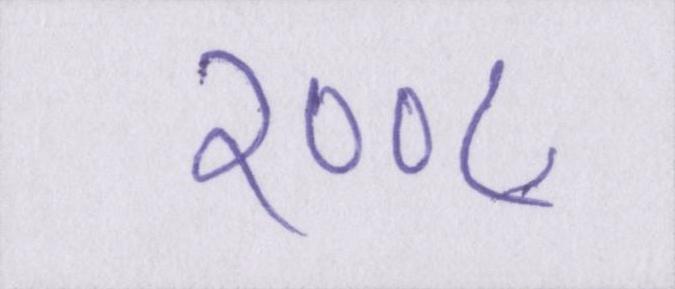
२००८